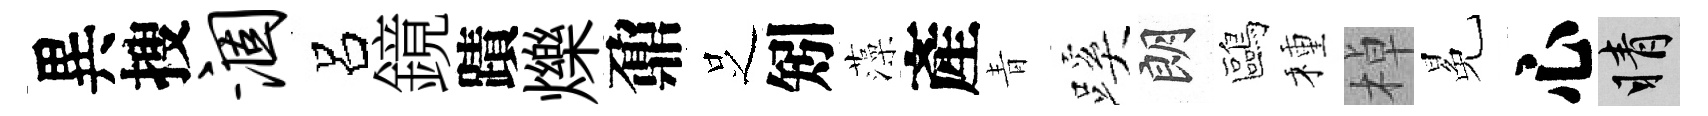
異搜涸呂鏡蹟爍鼐𠯁矧藻產青蹊朗鷗種棹冕心睛